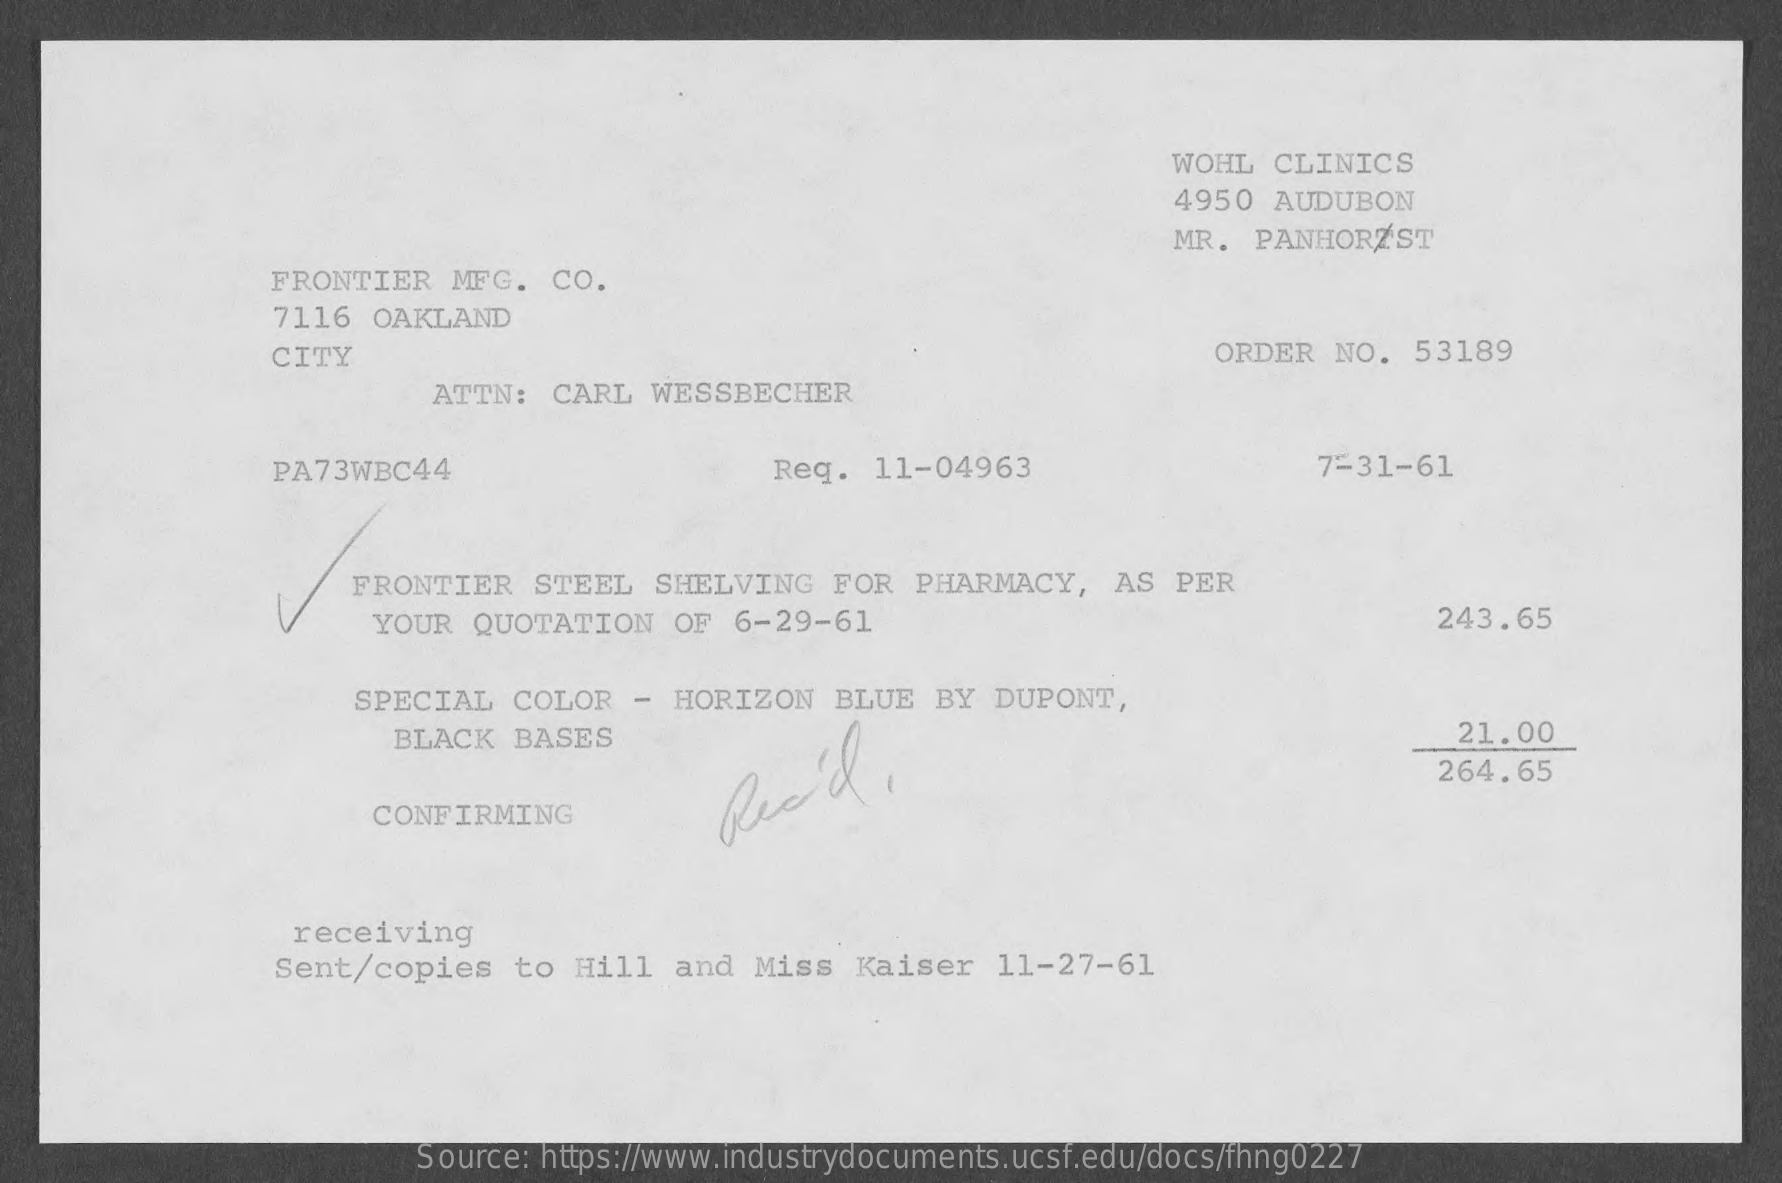
WOHL  CLINICS
     4950  AUDUBON
     MR.  PANHORZST
     FRONTIER   MFG.   CO.
     7116  OAKLAND
     CITY    ORDER  NO.  53189
     ATTN:  CARL   WESSBECHER
     PA73WBC44    Reg.  11-04963    7-31-61
     FRONTIER   STEEL   SHELVING   FOR  PHARMACY,    AS PER
     YOUR  QUOTATION   OF  6-29-61    243.65
     SPECIAL   COLOR   - HORIZON   BLUE  BY  DUPONT,
     BLACK  BASES    21.00
     264.65
     CONFIRMING
     Rec'd
     receiving
     Sent/copies    to  Hill  and  Miss  Kaiser   11-27-61
     Source: https://www.industrydocuments.ucsf.edu/docs/fhng0227